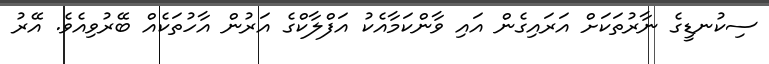
ސިކުނޑީގެ ނާރުތަކަށް އަރައިގެން އައި ވާންކަމާއެކު އަފްލާކްގެ އަރުން އާހުތަކެއް ބޭރުވިއެވެ. އޭރު